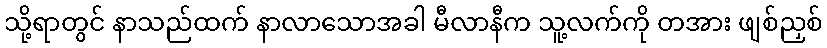
သို့ရာတွင် နာသည်ထက် နာလာသောအခါ မီလာနီက သူ့လက်ကို တအား ဖျစ်ညှစ်